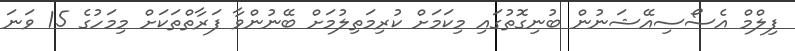
ފިލްމް އެސޯސިއޭޝަނުން ބުނިގޮތުގައި މިކަމަށް ކުރިމަތިލުމަށް ބޭނުންވާ ފަރާތްތަކަށް މިމަހުގެ 15 ވަނަ